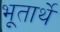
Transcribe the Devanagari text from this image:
भूतार्थे